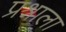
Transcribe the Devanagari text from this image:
प्रश्र्नाला